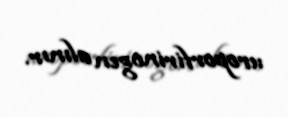
uroporfirinogen alınır.